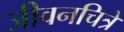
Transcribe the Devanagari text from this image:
जीवनचित्रे